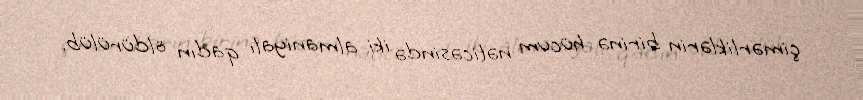
çimərliklərin birinə hücum nəticəsində iki almaniyalı qadın öldürülüb.